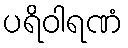
ပရိဝါရဏံ